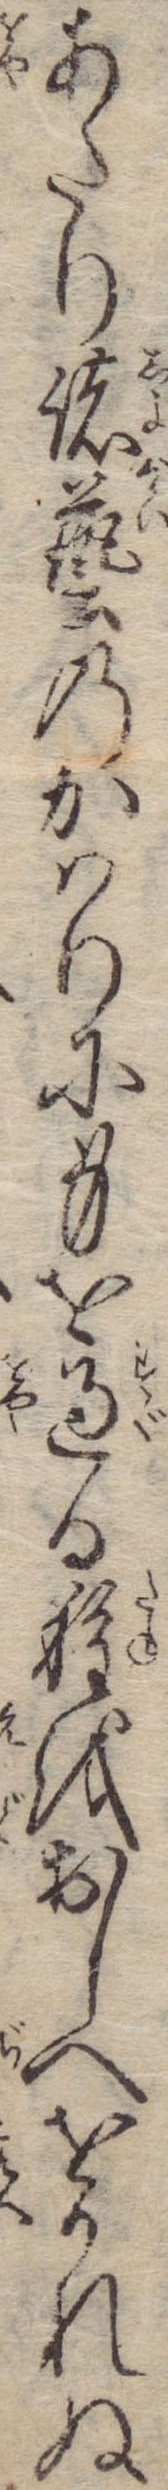
あたり諸芸のかはりに身を過る種をおしへをかれぬ